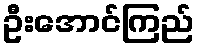
ဦးအောင်ကြည်